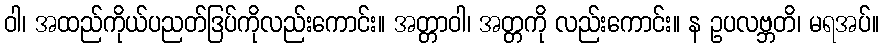
ဝါ၊ အထည်ကိုယ်ပညတ်ဒြပ်ကိုလည်းကောင်း။ အတ္တာဝါ၊ အတ္တကို လည်းကောင်း။ န ဥပလဗ္ဘတိ၊ မရအပ်။